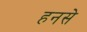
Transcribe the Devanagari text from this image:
हनसे